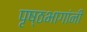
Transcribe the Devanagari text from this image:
पृष्ठभागांनी